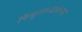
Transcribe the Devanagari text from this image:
विद्युतप्रवाहाच्या